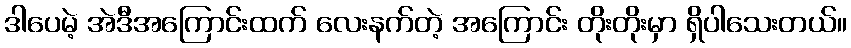
ဒါပေမဲ့ အဲဒီအကြောင်းထက် လေးနက်တဲ့ အကြောင်း တိုးတိုးမှာ ရှိပါသေးတယ်။